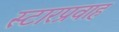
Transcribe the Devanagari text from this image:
स्टारप्रवाह